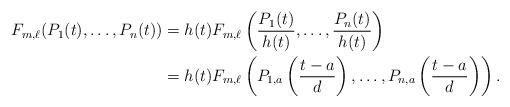
LaTeX: \begin{align*} F_{m,\ell}(P_1(t), \ldots, P_n(t))&=h(t)F_{m, \ell}\left(\frac{P_1(t)}{h(t)}, \ldots, \frac{P_n(t)}{h(t)}\right)\\&= h(t) F_{m, \ell} \left( P_{1, a}\left(\frac{t-a}{d}\right), \ldots, P_{n, a} \left( \frac{t-a}{d} \right) \right). \end{align*}